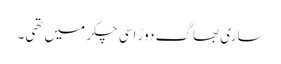
ساری بھاگ دوڑ اسی چکر میں تھی۔